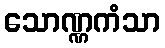
သောဏ္ဏကံသာ